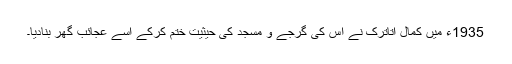
1935ء میں کمال اتاترک نے اس کی گرجے و مسجد کی حیثیت ختم کرکے اسے عجائب گھر بنادیا۔